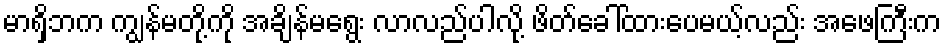
မာရှိဘက ကျွန်မတို့ကို အချိန်မရွေး လာလည်ပါလို့ ဖိတ်ခေါ်ထားပေမယ့်လည်း အဖေကြီးက